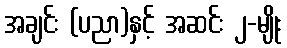
အချင်း (ပညာ)နှင့် အဆင်း ၂-မျိုး